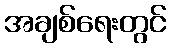
အချစ်ရေးတွင်